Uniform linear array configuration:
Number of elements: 24
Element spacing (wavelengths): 0.25
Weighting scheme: uniform
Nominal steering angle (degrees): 0
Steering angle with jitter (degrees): -0.1484
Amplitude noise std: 0.05
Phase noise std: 0.05

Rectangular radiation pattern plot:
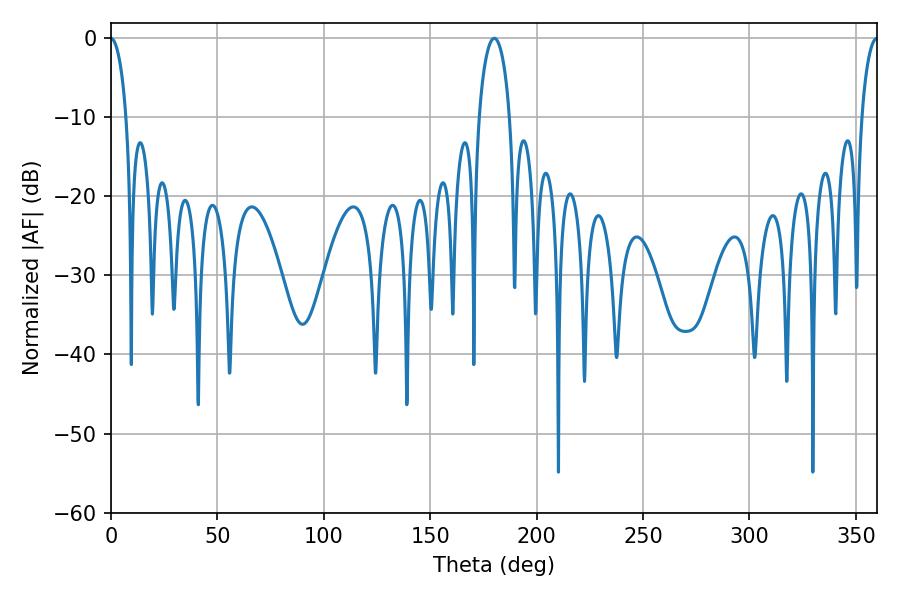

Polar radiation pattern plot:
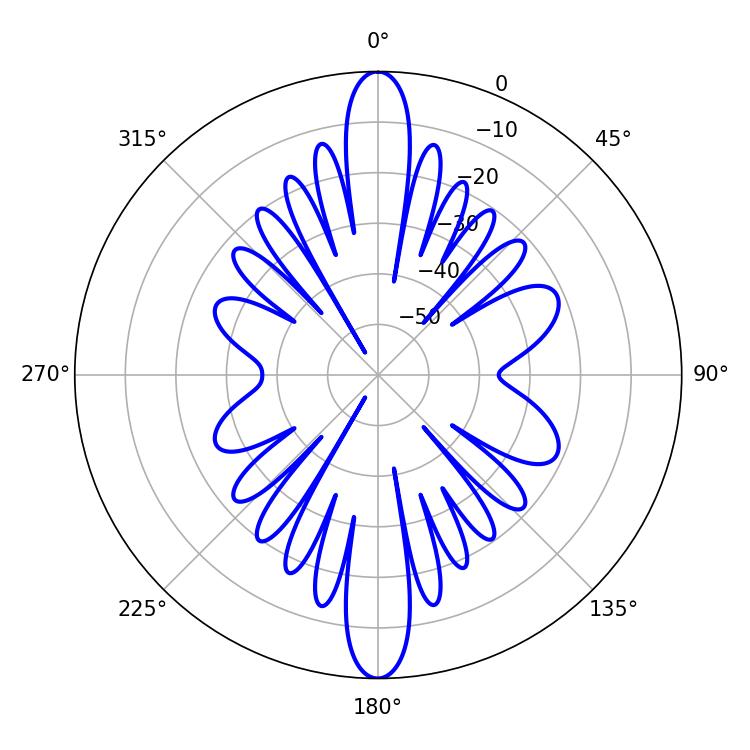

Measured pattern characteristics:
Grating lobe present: FALSE
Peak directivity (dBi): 32.855
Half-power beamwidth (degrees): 8.28
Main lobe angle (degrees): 180.18